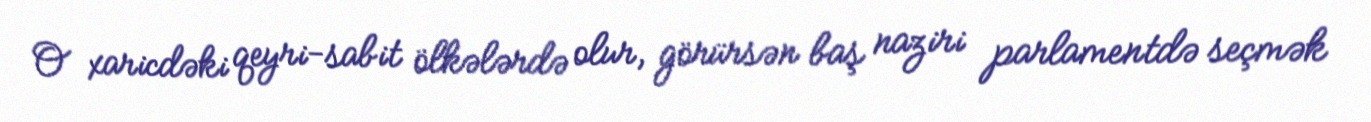
O xaricdəki qeyri-sabit ölkələrdə olur, görürsən baş naziri parlamentdə seçmək